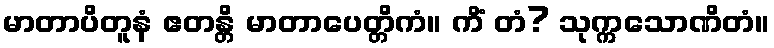
မာတာပိတူနံ ဧတန္တိ မာတာပေတ္တိကံ။ ကိံ တံ? သုက္ကသောဏိတံ။